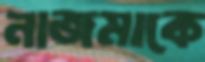
নাজমাকে